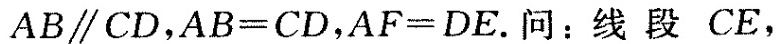
AB∥CD， $$A B = C D$$ ， $$A F = D E$$ .问：线段 CE，